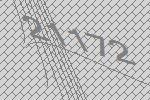
21172